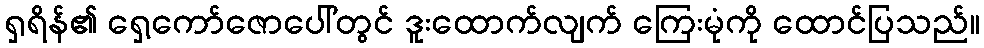
ရှရိန်၏ ရှေ့ကော်ဇောပေါ်တွင် ဒူးထောက်လျက် ကြေးမုံကို ထောင်ပြသည်။